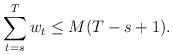
LaTeX: \begin{align*} \sum_{t=s}^Tw_t\le M(T-s+1). \end{align*}